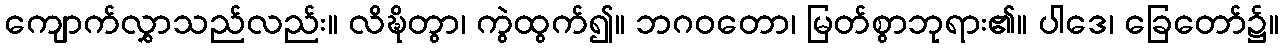
ကျောက်လွှာသည်လည်း။ လိဍ္ဎိတွာ၊ ကွဲထွက်၍။ ဘဂဝတော၊ မြတ်စွာဘုရား၏။ ပါဒေ၊ ခြေတော်၌။